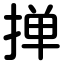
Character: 掸